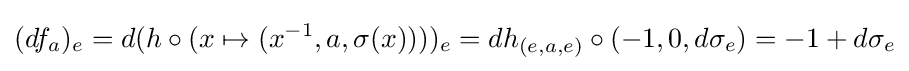
(df_{a})_{e}=d(h\circ (x\mapsto (x^{-1},a,\sigma (x))))_{e}=dh_{(e,a,e)}\circ (-1,0,d\sigma _{e})=-1+d\sigma _{e}